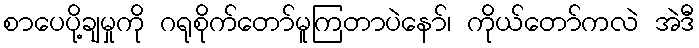
စာပေပို့ချမှုကို ဂရုစိုက်တော်မူကြတာပဲနော်၊ ကိုယ်တော်ကလဲ အဲဒီ